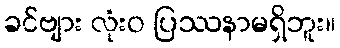
ခင်ဗျား လုံးဝ ပြဿနာမရှိဘူး။